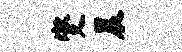
燮晨